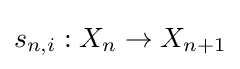
s_{n,i}:X_{n}\to X_{n+1}